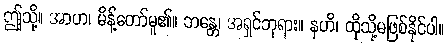
ဤသို့။ အာဟ၊ မိန့်တော်မူ၏။ ဘန္တေ၊ အရှင်ဘုရား။ နဟိ၊ ထိုသို့မဖြစ်နိုင်ပါ။